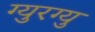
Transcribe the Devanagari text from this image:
ग्युरग्यु